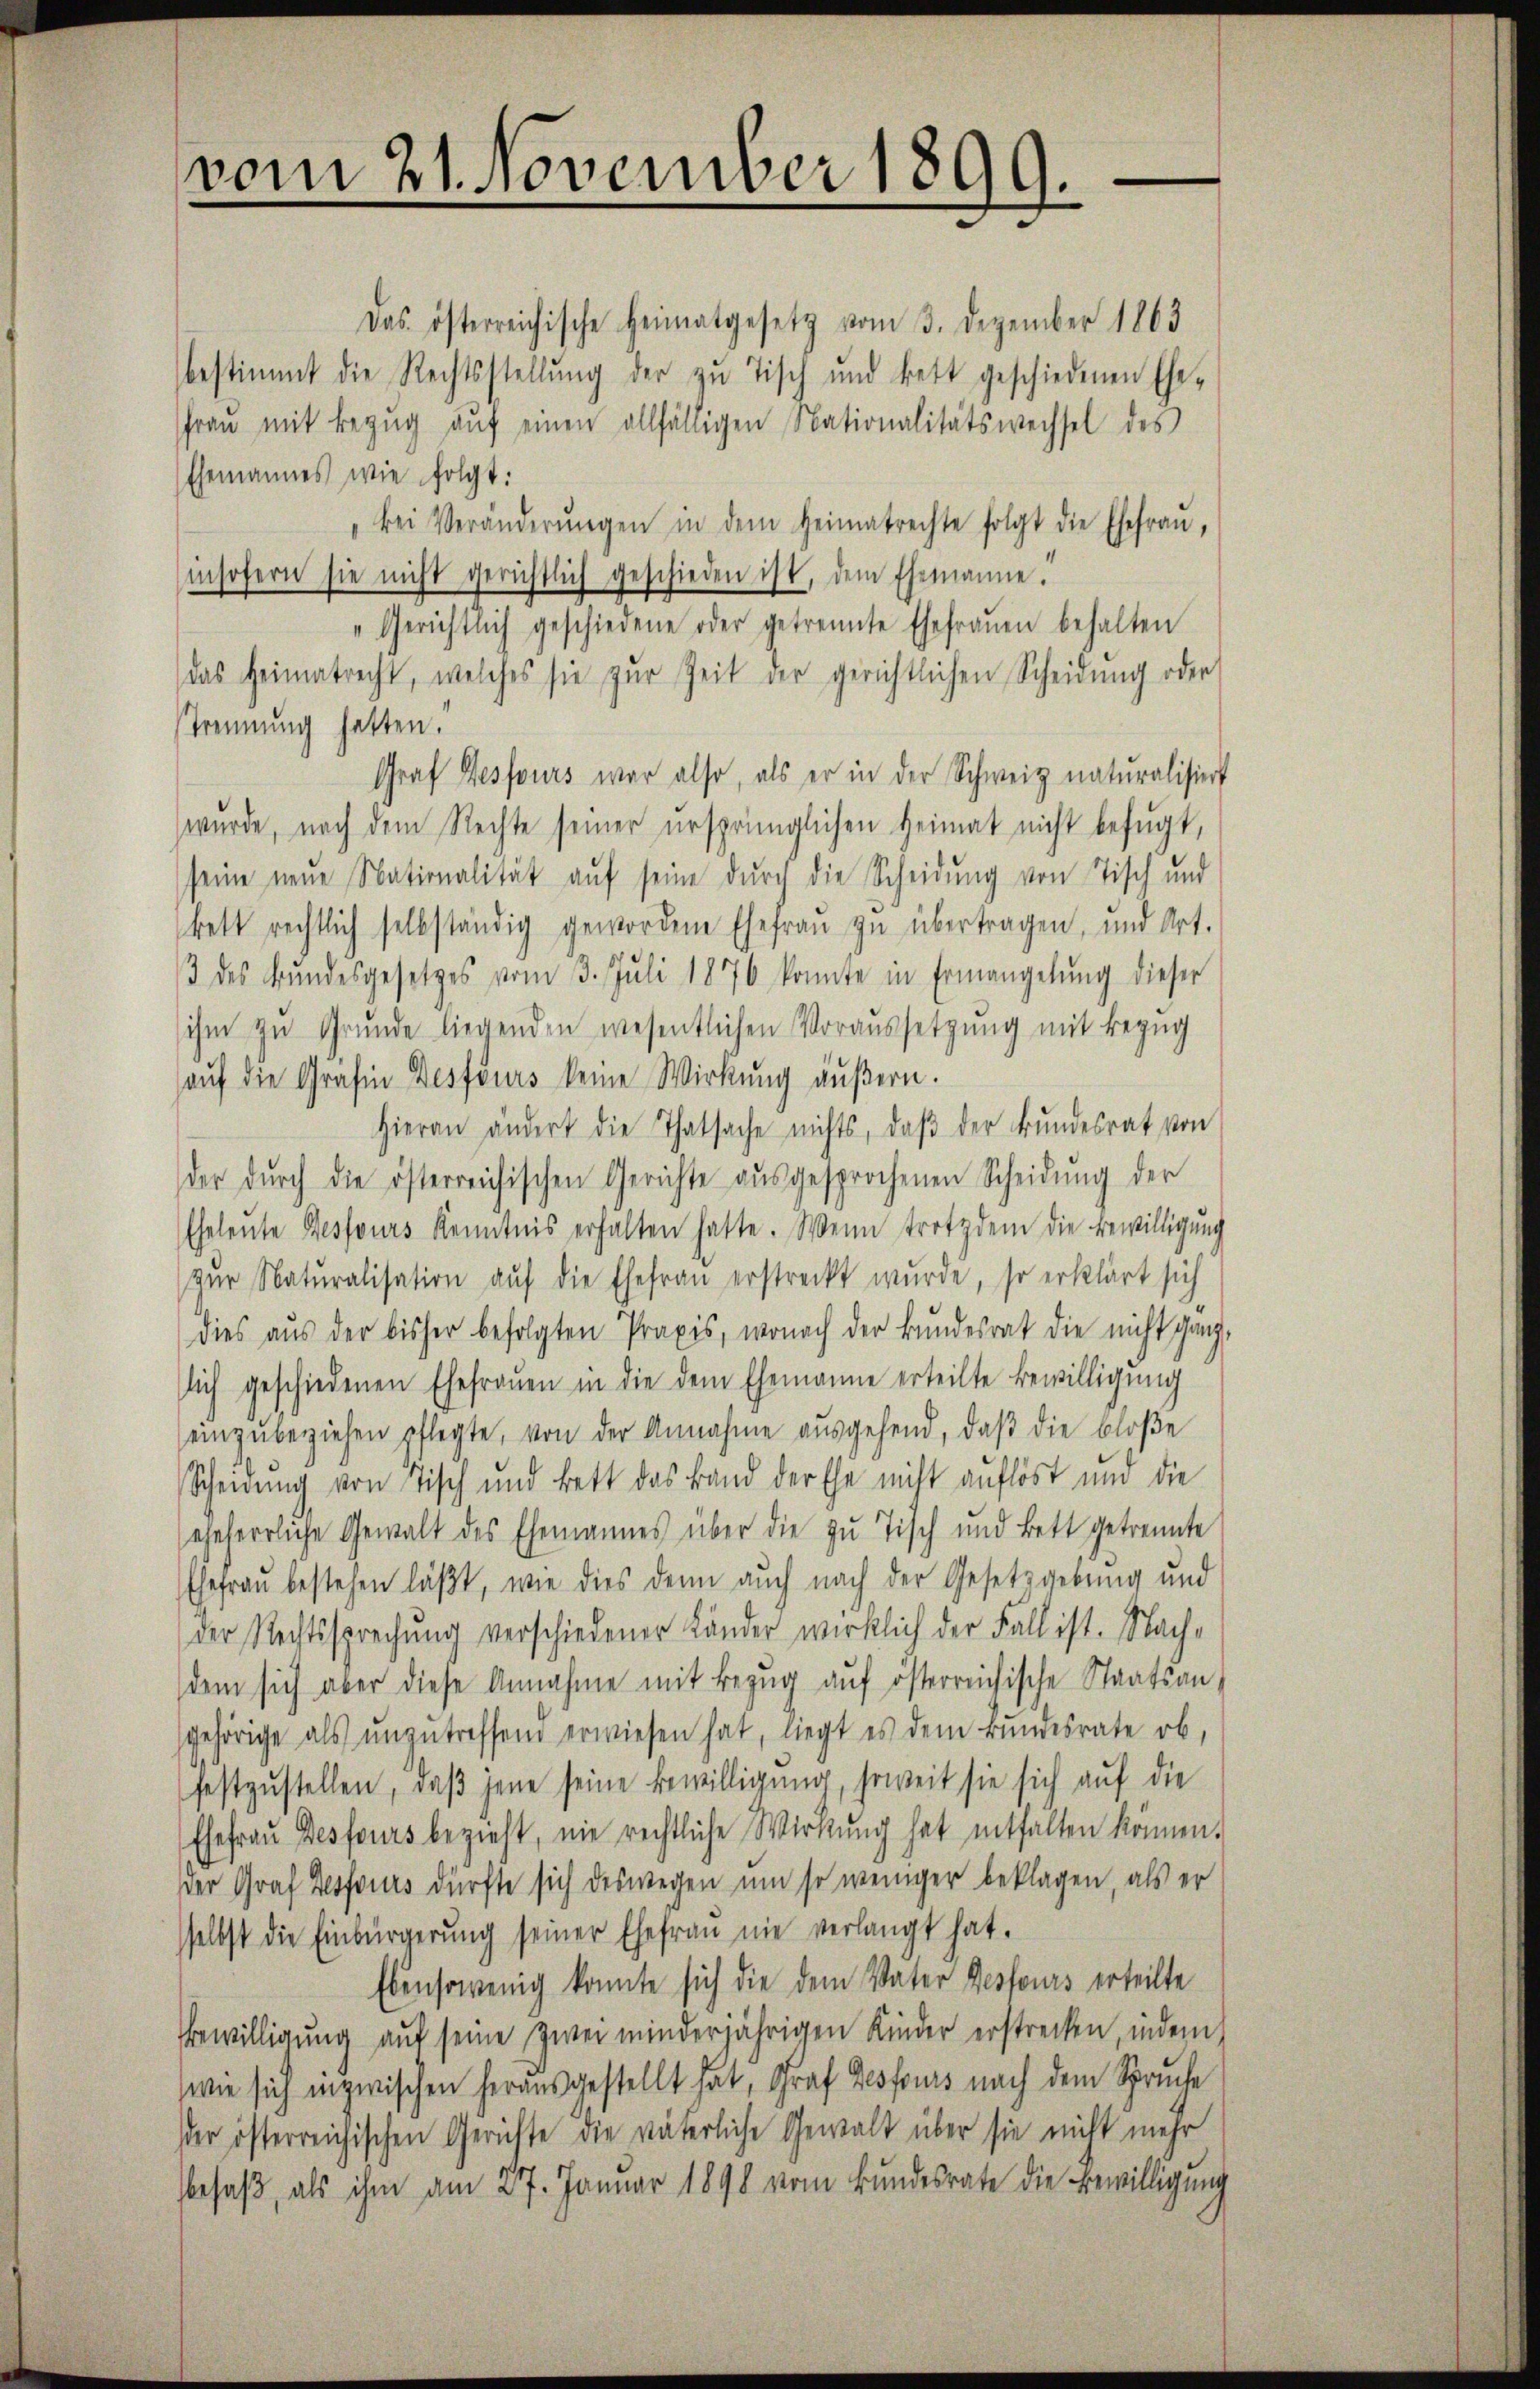
vom 21. November 1899.
l
|

Das österreichische Heimatgesetz vom 3. Dezember 1863
bestimmt die Rechtsstellung der zu Tisch und Bett geschiedenen Ehe-
frau mit Bezŭg aŭf einen allfälligen Nationalitätswechsel des
Ehemannes wie folgt:
"bei Veränderŭngen in dem Heimatrechte folgt die Ehefraŭ,
insofern sie nicht gerichtlich geschieden ist, dem Ehemanne.
"Gerichtlich geschiedene oder getrennte Ehefraŭen behalten
das Heimatrecht, welches sie zŭr Zeit der gerichtlichen Scheidŭng oder
Trennung hatten.
Graf Fessours war also, als er in der Schweiz naturalisiert
wurde, nach dem Rechte seiner ursprünglichen Heimat nicht befugt,
seine neue Nationalität auf seine durch die Scheidung von Tisch und
kett rechtlich selbständig gewordene Ehefraŭ zŭ übertragen, und Art.
3 des Bŭndesgesetzes vom 3. Juli 1876 konnte in Ermangelŭng dieser
ihm zŭ Grŭnde liegenden wesentlichen Voraussetzung mit Bezug
aŭf die Grafin Desfours keine Wirkung äußern.
Hieran ändert die Thatsache nichts, daβ der Bundesrat von
der dŭrch die österreichischen Gerichte aŭsgesprochenen Scheidŭng der
Eheleute Gessours Kenntnis erhalten hatte. Wenn trotzdem die Bewilligŭng
zŭr Naturalisation auf die Ehefrau erstreckt wurde, so erklärt sich
dies aŭs der bisher befolgten Praxis, wonach der Bŭndesrat die nicht ganz,
slich geschiedenen Ehefraŭen in die dem Ehemanne erteilte Bewilligŭng
einzŭbeziehen pflegte, von der Annahme aŭsgehend, daβ die bloße
Scheidung von Tisch und Bett das Band der Ehe nicht auflöst und die
eheherrliche Gewalt des Ehemannes über die zu Tisch und Bett getrennte
Ehefrau bestehen läßt, wie dies denn auch nach der Gesetzgebung und
der Rechtssprechŭng verschiedener Länder wirklich der Fall ist. Nach-
dem sich aber diese Annahme mit Bezŭg aŭf österreichische Staatsan-
gehörige als unzutreffend erwiesen hat, liegt es dem Bundesrate ob,
festzustellen, daβ jene seine Bewilligung, soweit sie sich auf die
Ehefrau Desseurs bezieht, nie rechtliche Wirkung hat entfalten können.
der Graf Hesfours dürfte sich deswegen um so weniger beklagen, als er
sselbst die Einbürgerŭng seiner Ehefrau nie verlangt hat.
Ebensowenig konnte sich die dem Vater Desfours erteilte
bewilligŭng aŭf seine zwei minderjährigen Kinder erstrecken, indem
wie sich inzwischen herausgestellt hat, Graf Desfouis nach dem Spruche
der österreichischen Gerichte die väterliche Gewalt über sie nicht mehr
besaß, als ihm am 27. Januar 1890 vom Bundesrate die Bewilligung